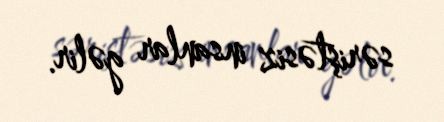
səriştəsiz insanlar gəlir.